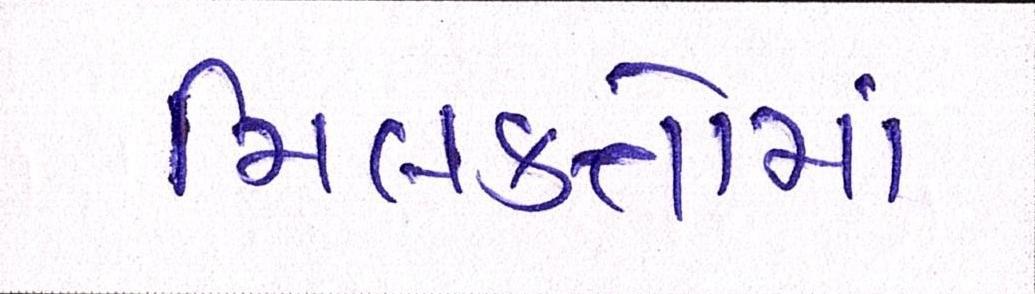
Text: મિલકતોમાં